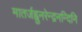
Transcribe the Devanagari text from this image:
मातर्जह्नुनरेन्द्रनन्दिनि